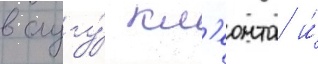
в слугу́ кл'еонта и́